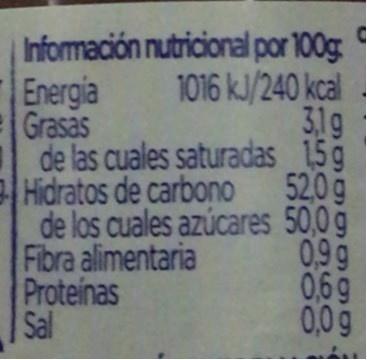
Energia
Grasas
Información nutricional por 100g: 1016 kJ/240 kcal 3,1g 15g 52,0g
de las cuales saturadas Hidratos de carbono
de los cuales azúcares 50,0 g
Fibra alimentaria
Proteinas
Sal
రారారారారారా
0,99 0,69 0,0 g